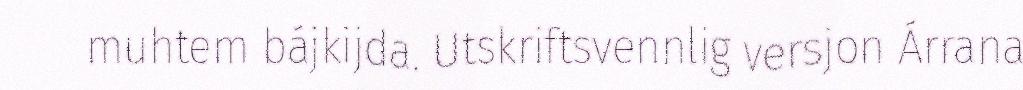
muhtem bájkijda. Utskriftsvennlig versjon Árrana